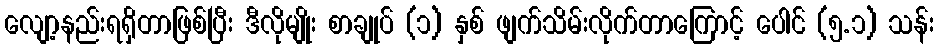
လျော့နည်းရရှိတာဖြစ်ပြီး ဒီလိုမျိုး စာချုပ် (၁) နှစ် ဖျက်သိမ်းလိုက်တာကြောင့် ပေါင် (၅.၁) သန်း